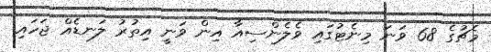
މެޗުގެ 68 ވަނަ މިނެޓުގައި ވެލެންސިއާ އިން ވަނީ އިތުރު ލަނޑެއް ޖަހައި